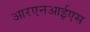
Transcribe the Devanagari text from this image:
आरएनआईएस